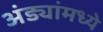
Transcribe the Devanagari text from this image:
अंड्यांमध्ये